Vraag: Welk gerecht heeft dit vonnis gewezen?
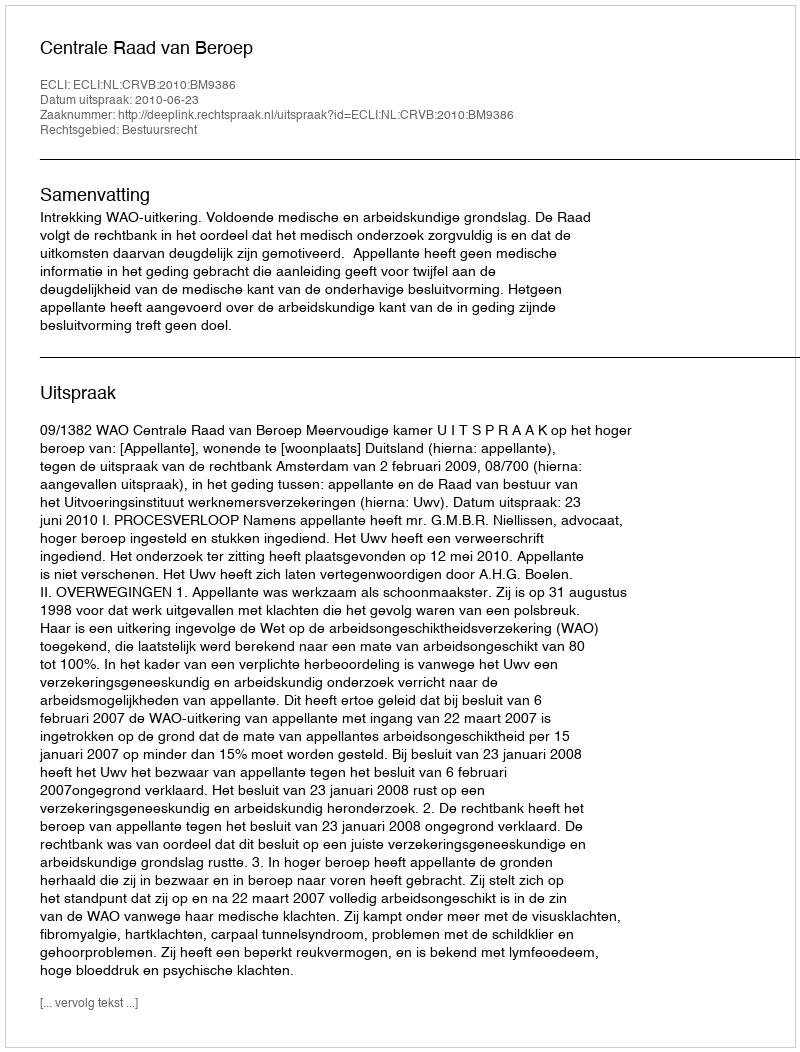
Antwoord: Centrale Raad van Beroep